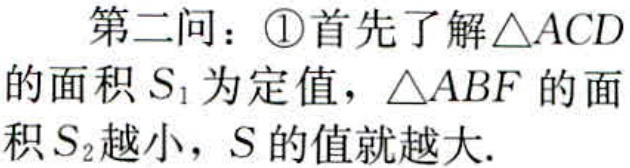
第二问：\textcircled{1}首先了解\(\triangle ACD\)的面积\(S_{1}\)为定值，\(\triangle ABF\)的面积\(S_{2}\)越小，\(S\)的值就越大.